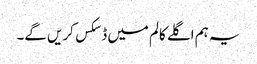
یہ ہم اگلے کالم میں ڈسکس کریں گے۔